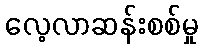
လေ့လာဆန်းစစ်မှု